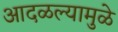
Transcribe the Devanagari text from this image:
आदळल्यामुळे